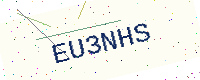
Text: EU3NHS